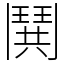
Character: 鬨